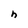
Character: h